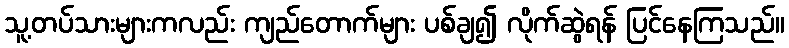
သူ့တပ်သားများကလည်း ကျည်တောက်များ ပစ်ချ၍ လိုက်ဆွဲရန် ပြင်နေကြသည်။